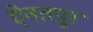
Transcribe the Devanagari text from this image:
ऐनतपूर